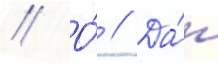
// О́ // Да́н